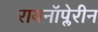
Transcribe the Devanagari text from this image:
रायनॉप्लेरीन